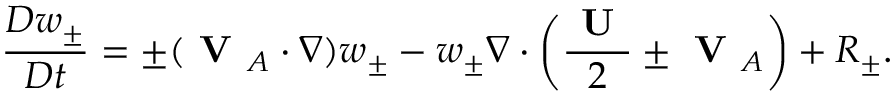
\frac { D w _ { \pm } } { D t } = \pm ( \textbf { V } _ { A } \cdot \nabla ) w _ { \pm } - w _ { \pm } \nabla \cdot \bigg ( \frac { \textbf { U } } { 2 } \pm \textbf { V } _ { A } \bigg ) + R _ { \pm } .